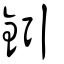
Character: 鈏